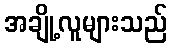
အချို့လူများသည်